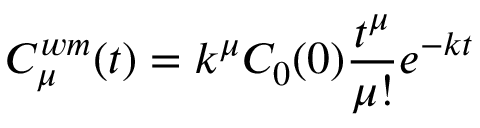
C _ { \mu } ^ { w m } ( t ) = k ^ { \mu } C _ { 0 } ( 0 ) \frac { t ^ { \mu } } { \mu ! } e ^ { - k t }